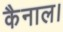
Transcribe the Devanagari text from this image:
कैनाल।